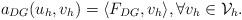
LaTeX: \begin{align*} a_{DG}(u_{h},v_{h}) = \langle F_{DG},v_{h} \rangle , \forall v_{h} \in \mathcal{V}_{h}.\end{align*}